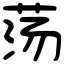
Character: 荡